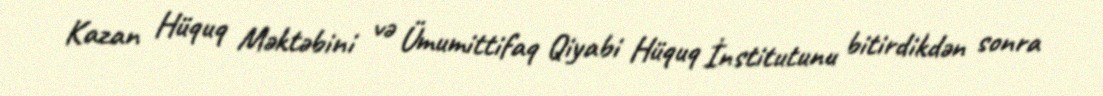
Kazan Hüquq Məktəbini və Ümumittifaq Qiyabi Hüquq İnstitutunu bitirdikdən sonra